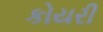
કોયરી